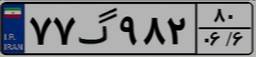
۸۸گ۲۵۶۹۰